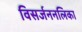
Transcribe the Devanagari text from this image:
विसर्जननलिका